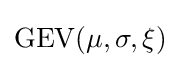
{\textrm {GEV}}(\mu ,\sigma ,\xi )